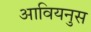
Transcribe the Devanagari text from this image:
आवियनुस